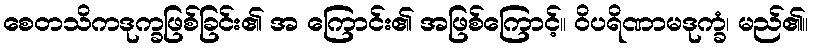
စေတသိကဒုက္ခဖြစ်ခြင်း၏ အ ကြောင်း၏ အဖြစ်ကြောင့်။ ဝိပရိဏာမဒုက္ခံ၊ မည်၏။